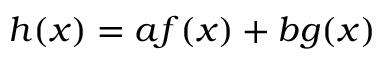
h ( x ) = a f ( x ) + b g ( x )